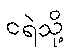
ငရဲသို့